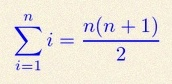
\sum_{i=1}^{n}i=\frac{n(n+1)}2